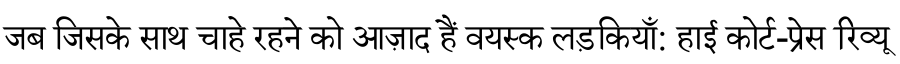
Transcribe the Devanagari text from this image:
जब जिसके साथ चाहे रहने को आज़ाद हैं वयस्क लड़कियाँ: हाई कोर्ट-प्रेस रिव्यू